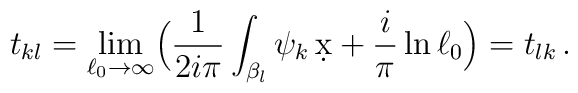
t_{kl} = \lim_{\ell_{0}\rightarrow\infty}\Bigl( {1\over 2i\pi}\int_{\beta_{l}}\psi_{k}\,\d x + {i\over\pi} \ln\ell_{0}\Bigr)=t_{lk}\, .